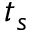
t _ { s }